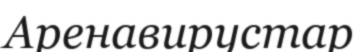
Аренавирустар